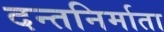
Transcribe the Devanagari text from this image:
दन्तनिर्माता